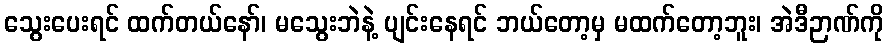
သွေးပေးရင် ထက်တယ်နော်၊ မသွေးဘဲနဲ့ ပျင်းနေရင် ဘယ်တော့မှ မထက်တော့ဘူး၊ အဲဒီဉာဏ်ကို